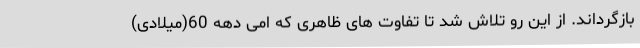
بازگرداند. از این رو تلاش شد تا تفاوت های ظاهری که امی دهه 60(میلادی)